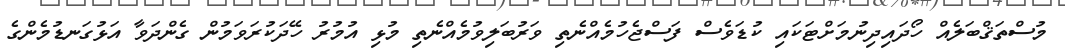
މުސްތަޤްބަލެއް ހޯދައިދިނުމަށްޓަކައި ކުޑަވެސް ފަސްޖެހުމެއްނެތި ވަރުބަލިވުމެއްނެތި މުޅި އުމުރު ހޭދަކުރަވަމުން ގެންދަވާ އަޅުގަނޑުމެންގެ